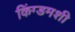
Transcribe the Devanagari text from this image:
किंग्डमशी